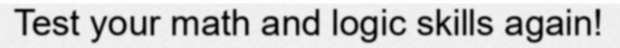
Test your math and logic skills again!